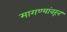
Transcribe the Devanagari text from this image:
मागण्यांवरून